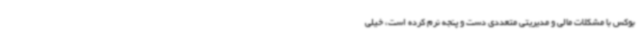
بوکس با مشکلات مالی و مدیریتی متعددی دست و پنجه نرم کرده است، خیلی‌